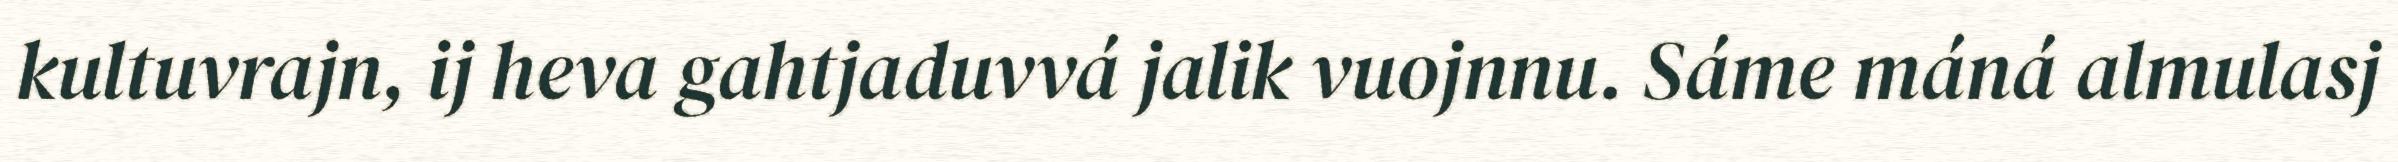
kultuvrajn, ij heva gahtjaduvvá jalik vuojnnu. Sáme máná almulasj